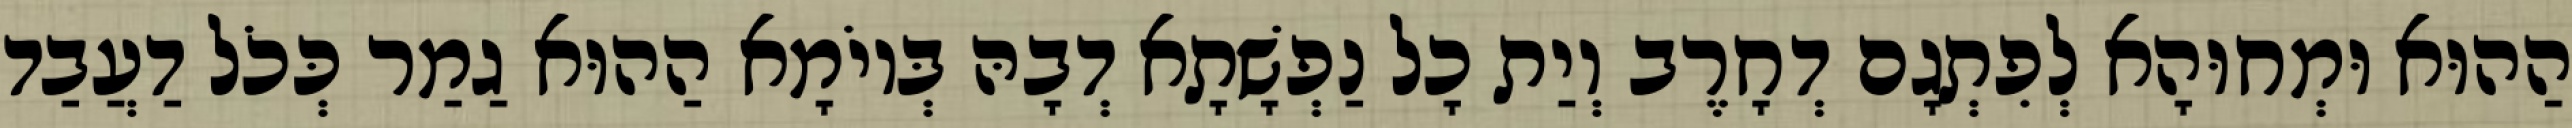
הַהוּא וּמְחוּהָא לְפִתְגָם דְחָרֶב וְיַת כָל נַפְשָׁתָא דְבָהּ בְּיוֹמָא הַהוּא גַמַר כְּכֹל דַעֲבַד